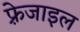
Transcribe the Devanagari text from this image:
फ़्रेजाइल